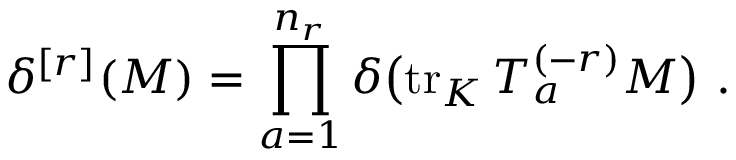
\delta ^ { [ r ] } ( M ) = \prod _ { a = 1 } ^ { n _ { r } } \delta \big ( \mathrm { t r } _ { K } \, T _ { a } ^ { ( - r ) } M \big ) \ .